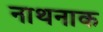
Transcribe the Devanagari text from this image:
नाथनाक